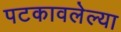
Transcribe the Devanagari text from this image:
पटकावलेल्या